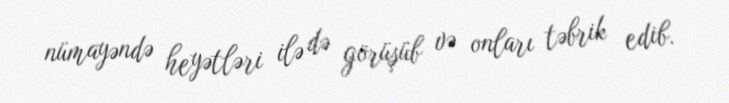
nümayəndə heyətləri ilə də görüşüb və onları təbrik edib.